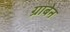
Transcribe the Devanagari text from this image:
ग्राबेन